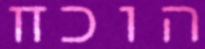
הוכח